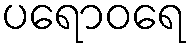
ပရောဝရေ